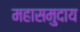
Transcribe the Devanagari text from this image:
महासमुदाय